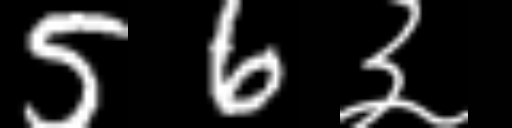
Text: 56३